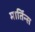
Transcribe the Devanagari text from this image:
मार्तिन्स